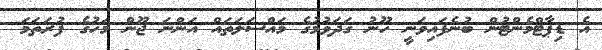
އެ ޑިޕާޓްމެންޓުން ބުނެފައިވަނީ ހޫނު ގަދަވުމުގެ މައްސަލަތައް އަންނަ ޖޫން މަހުގެ ފުރަތަމަ